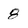
Character: 8